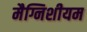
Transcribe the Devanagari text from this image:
मैग्निशीयम